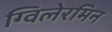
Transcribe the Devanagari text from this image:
ग्विलेरमिन